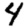
Digit: 4